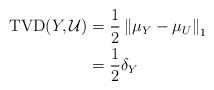
\begin{align*}\mathrm{TVD}(Y, \mathcal{U})& = \frac{1}{2} \left\| \mu_Y - \mu_U \right\|_1\\& = \frac{1}{2} \delta_Y\end{align*}